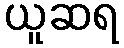
ယူဆရ